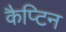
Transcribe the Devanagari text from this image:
कैप्टिन